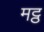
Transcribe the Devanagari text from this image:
मट्ठ